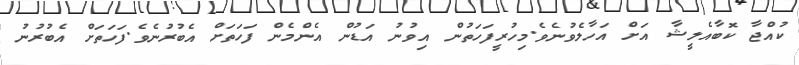
ކުއްޖާ ކޮބާއެލީޝާ އަށް އަހާލެވުނެވެ.މިހުރީފަހަތުން އިވުނު އަޑުން އެންމެން ފަހަތަށް އެބުރުނެވެ.ފަހަތަށް އެބުރުނު